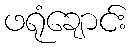
ဖရုံချောင်း